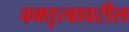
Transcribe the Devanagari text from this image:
वक्तृत्वावरील